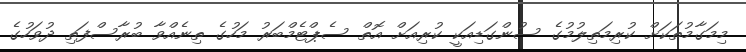
މިމަގާމުތަކަށް ކުރިމަތިލުމުގެ ސުންގަޑިއަކީ ކުރިއަށް އޮތް ސެޕްޓެމްބަރު މަހުގެ ތިނެއްވާ ބުރާސްފަތި ދުވަހުގެ